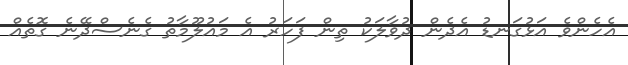
އެހެންވެ އަޅުގަނޑު އެދެން ދުވާލަކު ތިން ފަހަރު އެ މައުލޫމާތު ގެނެސްދޭނެ ގޮތެއް